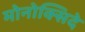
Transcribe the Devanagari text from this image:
मोनोक्सिदे